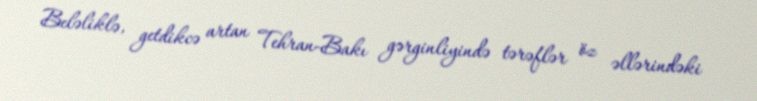
Beləliklə, getdikcə artan Tehran-Bakı gərginliyində tərəflər öz əllərindəki